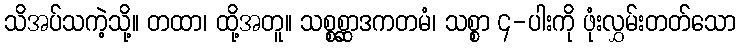
သိအပ်သကဲ့သို့။ တထာ၊ ထို့အတူ။ သစ္စစ္ဆာဒကတမံ၊ သစ္စာ ၄-ပါးကို ဖုံးလွှမ်းတတ်သော